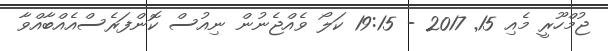
ޖުމްހޫރީ މެއި 15